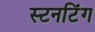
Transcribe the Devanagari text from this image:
स्टनटिंग